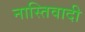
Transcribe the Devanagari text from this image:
नास्तिवादी